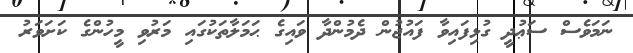
ނަމަވެސް ސަޢުދީ ގުޅިފައިވާ ފައުޖުން ދެމުންދާ ވައިގެ ޙަމަލާތަކުގައި މަރުވި މީހުންގެ ކަށަވަރު